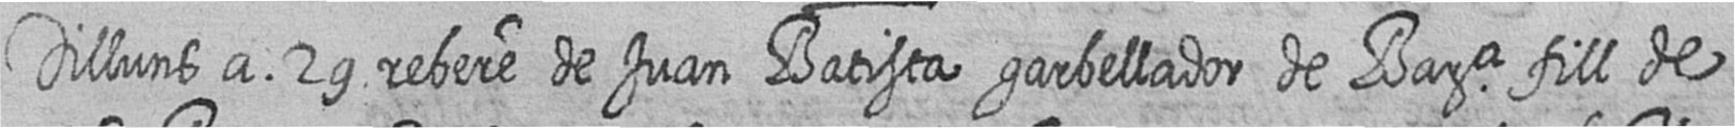
Dilluns a 29 rebere de Juan Batista garbellador de Bara fill de